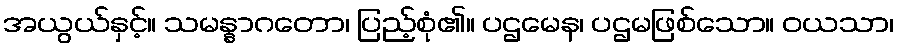
အယွယ်နှင့်။ သမန္နာဂတော၊ ပြည့်စုံ၏။ ပဌမေန၊ ပဌမဖြစ်သော။ ဝယသာ၊